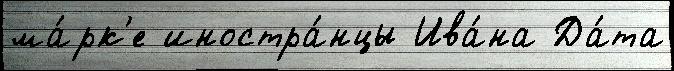
ма́рк'е иностра́нцы Ива́на Да́та